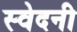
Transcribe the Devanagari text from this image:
स्वेदनी